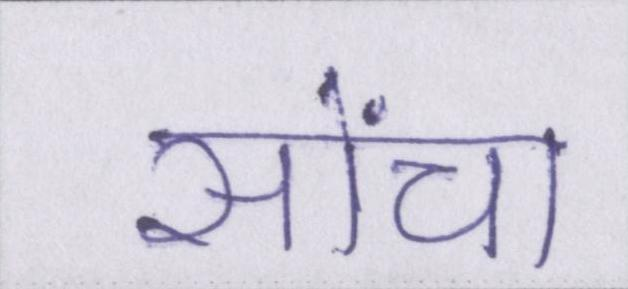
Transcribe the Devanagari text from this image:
सोंचा